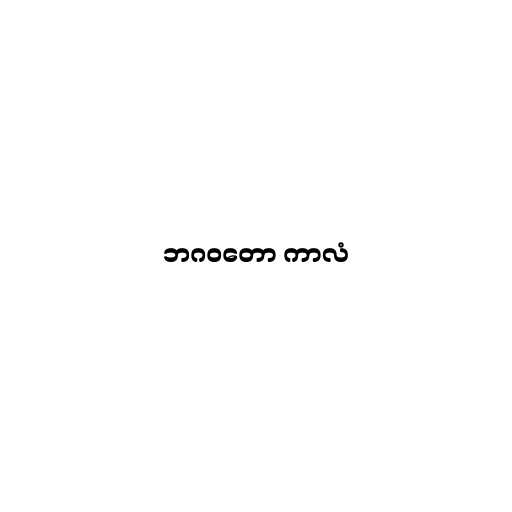
ဘဂဝတော ကာလံ